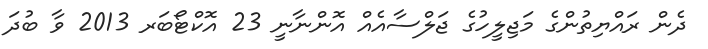
ދެން ރައްޔިތުންގެ މަޖިލީހުގެ ޖަލްސާއެއް އޮންނާނީ 23 އޮކްޓޯބަރ 2013 ވާ ބުދަ